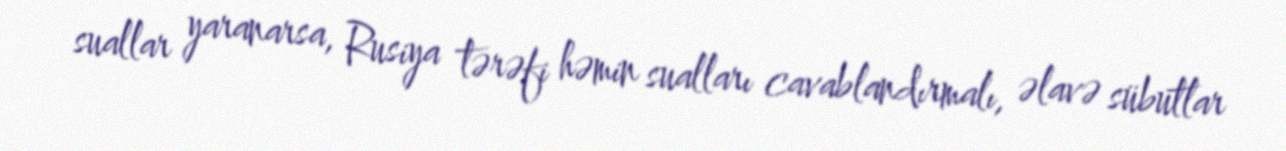
suallar yaranarsa, Rusiya tərəfi həmin sualları cavablandırmalı, əlavə sübutlar